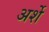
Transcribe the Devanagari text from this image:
अर्शे